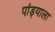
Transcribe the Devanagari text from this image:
पांड्याला